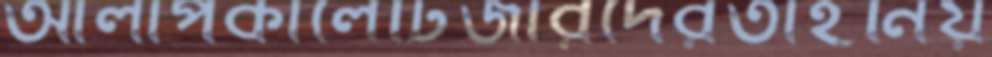
আলাপকালেটিজারদেরতাহনিয়